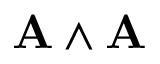
\mathbf { A } \wedge \mathbf { A }